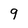
Character: 9